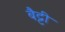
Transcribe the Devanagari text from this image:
बैट्टी